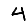
Digit: 4